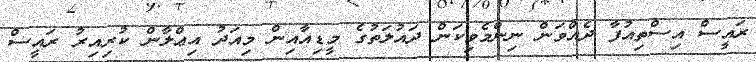
ރައީސް އިސްތިއުފާ ދެއްވަން ނިންމެވިކަން ދައުލަތުގެ މީޑިއާއިން މިއަދު އިޢްލާން ކުރިއިރު ރައީސް